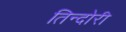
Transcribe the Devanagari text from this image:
तिन्दोरी